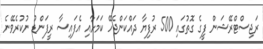
ރަޖިސްޓްރޭޝަން ފީގެ ގޮތުގައި 500 ރުފިޔާ ދައްކަންޖެހޭ ކަމަށާއި އެފައިސާ ރީފަންޑު ނުކުރެވޭނެ